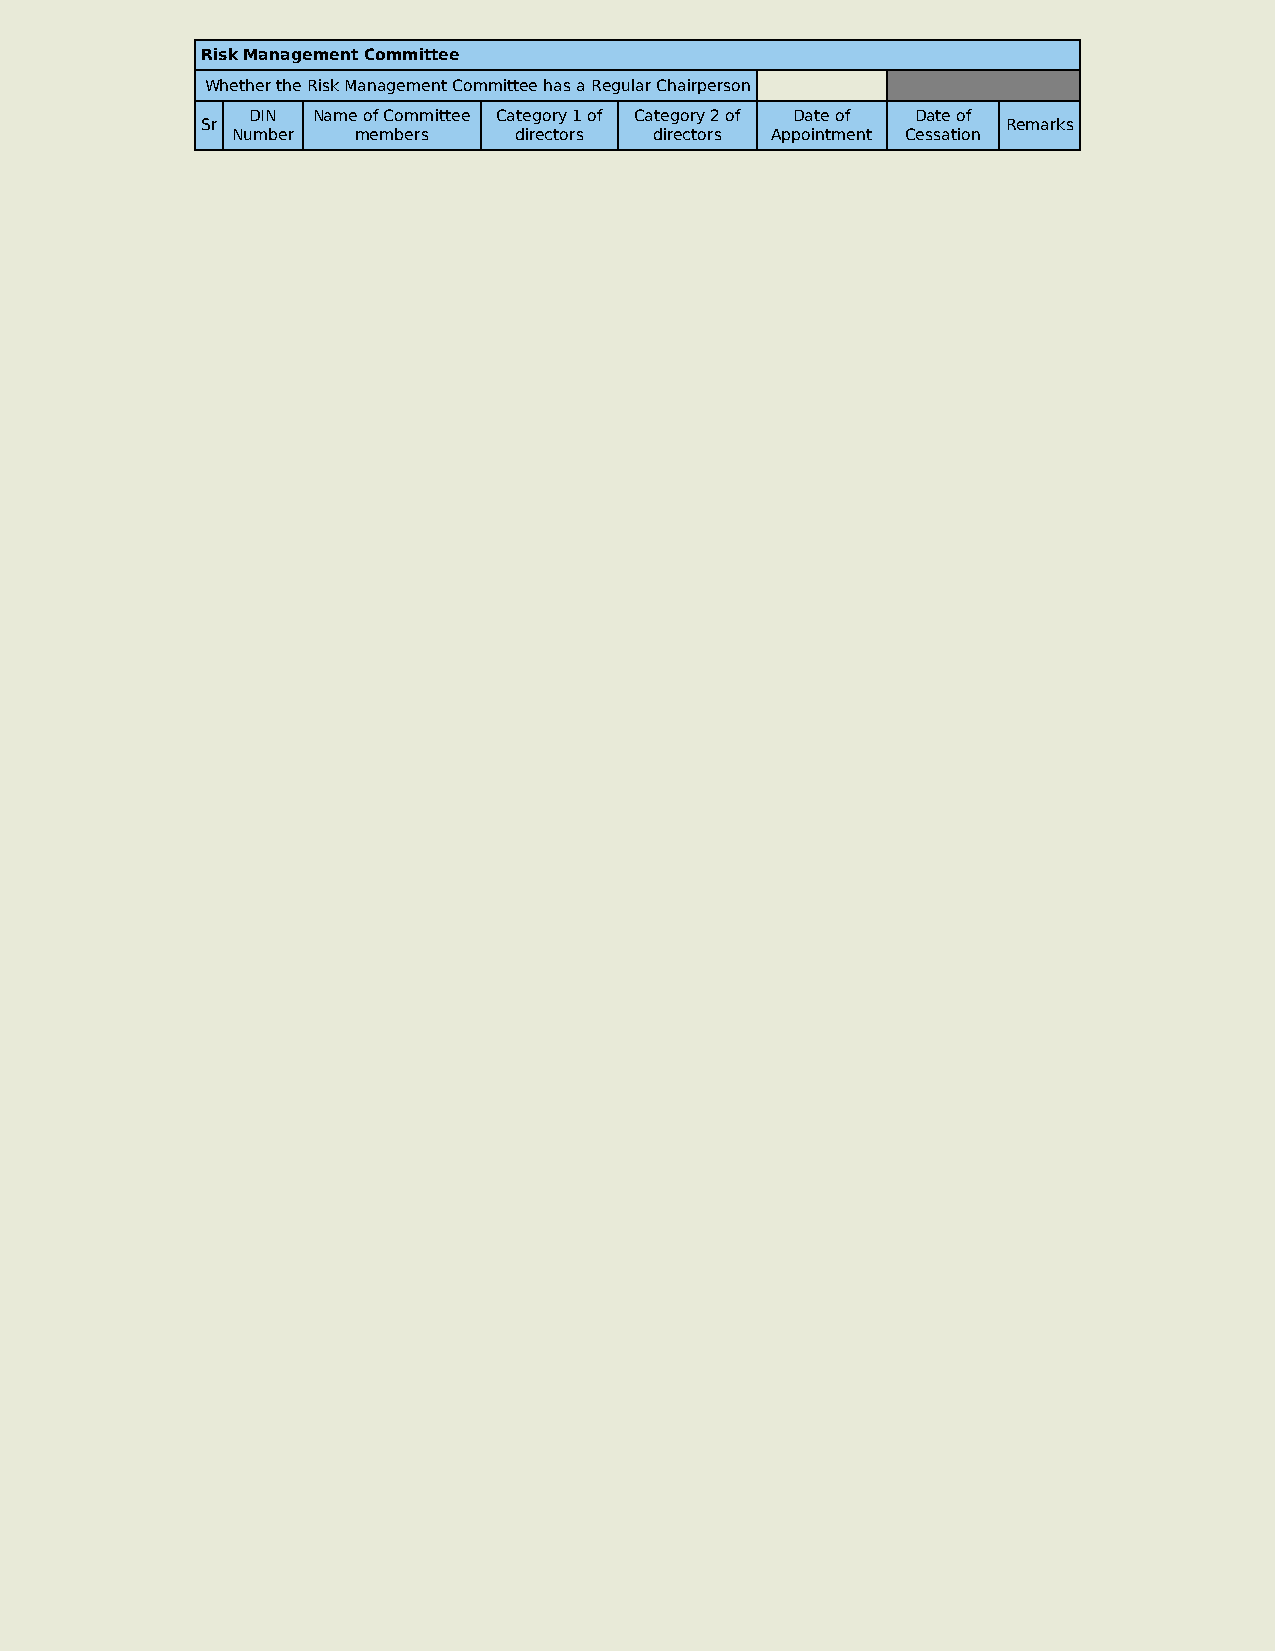
Risk Management Committee
 Whether the Risk Management Committee has a Regular Chairperson
 DIN  Name of Committee Category 1 of Category 2 of Date of Date of
 Sr                                                    Remarks
 Number  members    directors directors Appointment Cessation